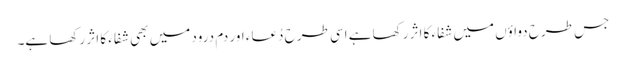
جس طرح دواؤں میں شفاء کا اثر رکھا ہے اسی طرح دُعاء اور دم درود میں بھی شفاء کا اثر رکھا ہے۔